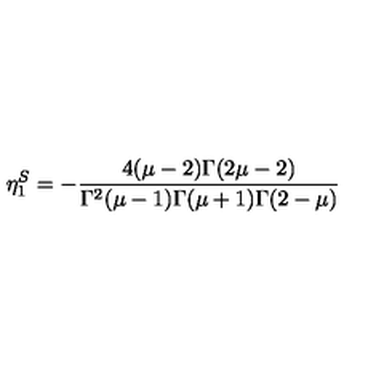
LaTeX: \eta _ { 1 } ^ { S } = - \frac { 4 ( \mu - 2 ) \Gamma ( 2 \mu - 2 ) } { \Gamma ^ { 2 } ( \mu - 1 ) \Gamma ( \mu + 1 ) \Gamma ( 2 - \mu ) }